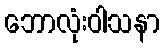
ဘောလုံးဝါသနာ